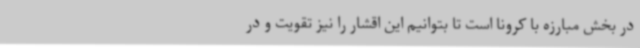
در بخش مبارزه با کرونا است تا بتوانیم این اقشار را نیز تقویت و در